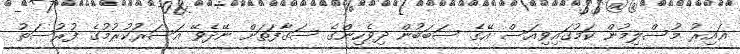
ޣައިރު މުސްލިމުން ކަމުގައިވިއަސް އޭގެ ސަބަބުން ދިވެހިންގެ ސަގާފަތަށް ނޭދެވޭ އަސަރުކުރުމުގެ ފުރުސަތު